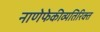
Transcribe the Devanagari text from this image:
नाणेफेकीव्यतिरिक्त